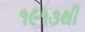
૧૯૧૩થી